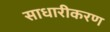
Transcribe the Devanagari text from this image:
साधारीकरण